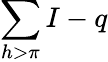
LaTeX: \sum\limits_{h>\pi}I-q